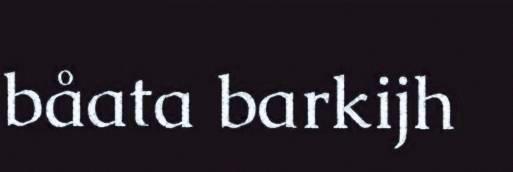
båata barkijh